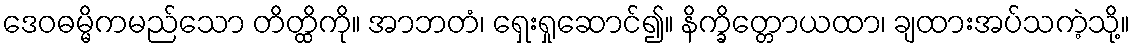
ဒေဝဓမ္မိကမည်သော တိတ္ထိကို။ အာဘတံ၊ ရှေးရှုဆောင်၍။ နိက္ခိတ္တောယထာ၊ ချထားအပ်သကဲ့သို့။